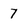
Character: 7